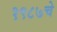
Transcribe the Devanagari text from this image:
१९८७चे